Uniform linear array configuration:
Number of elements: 12
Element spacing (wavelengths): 0.25
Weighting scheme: exponential
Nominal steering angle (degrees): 0
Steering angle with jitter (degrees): -1.978
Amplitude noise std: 0.05
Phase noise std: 0.05

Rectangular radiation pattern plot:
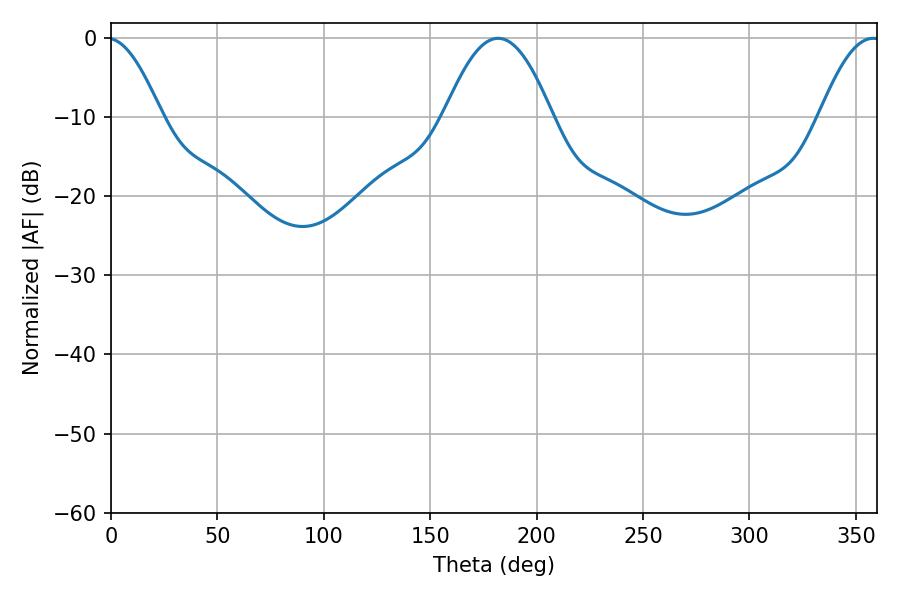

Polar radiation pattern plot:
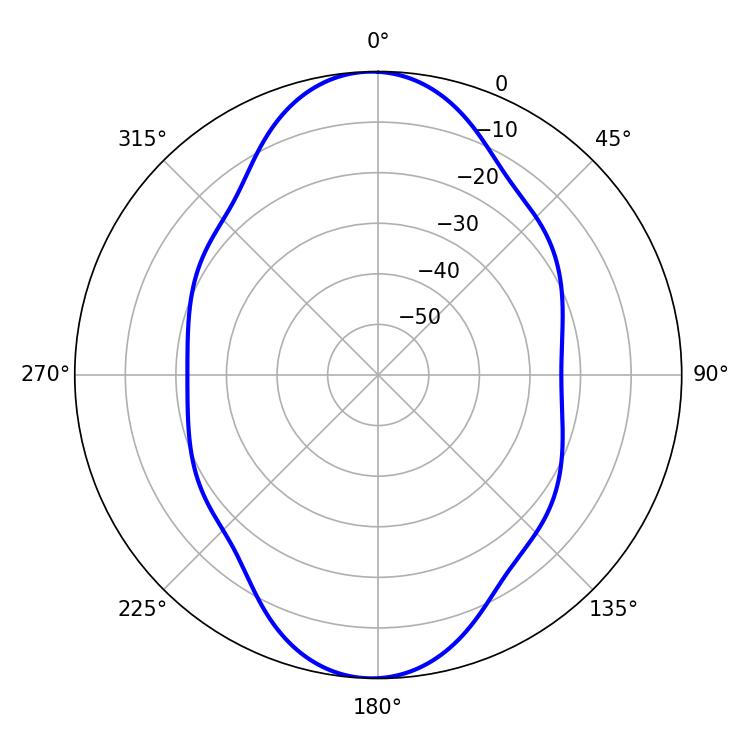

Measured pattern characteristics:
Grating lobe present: FALSE
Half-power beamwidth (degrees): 27.54
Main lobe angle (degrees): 181.98